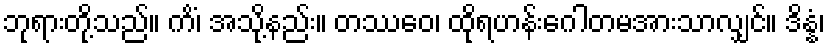
ဘုရားတို့သည်။ ကိံ၊ အသို့နည်း။ တဿေဝ၊ ထိုရဟန်းဂေါတမအားသာလျှင်။ ဒိန္နံ၊